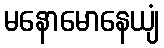
မနောမောနေယျံ